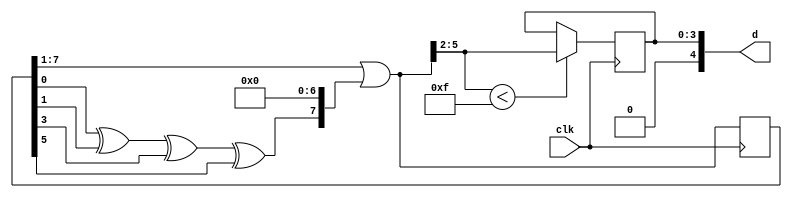
//Generate a random letter encoded with 4 bits from an 8-bit lfsr
module randomLFSR(
    input clk,
	output [4:0] d
	);

	reg [7:0] lfsr = 8'b10000001; // initialize to starting seed
	reg [3:0] out;
	reg [7:0] temp;
	always @ (posedge clk) begin
	temp = (lfsr ^ (lfsr >> 1) ^ (lfsr >> 3) ^ (lfsr >> 5)) & 1; // lfsr bitshift xor
	lfsr = (lfsr >> 1) | (temp << 7);
	if (lfsr[5:2] < 15) begin
	out = lfsr[5:2];
	end
	end
	assign d[4] = 0;
	assign d[3:0] = out;

endmodule